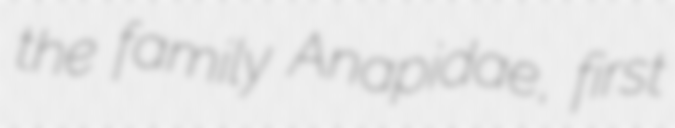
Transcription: the family Anapidae, first